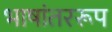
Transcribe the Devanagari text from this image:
भाषांतररूप